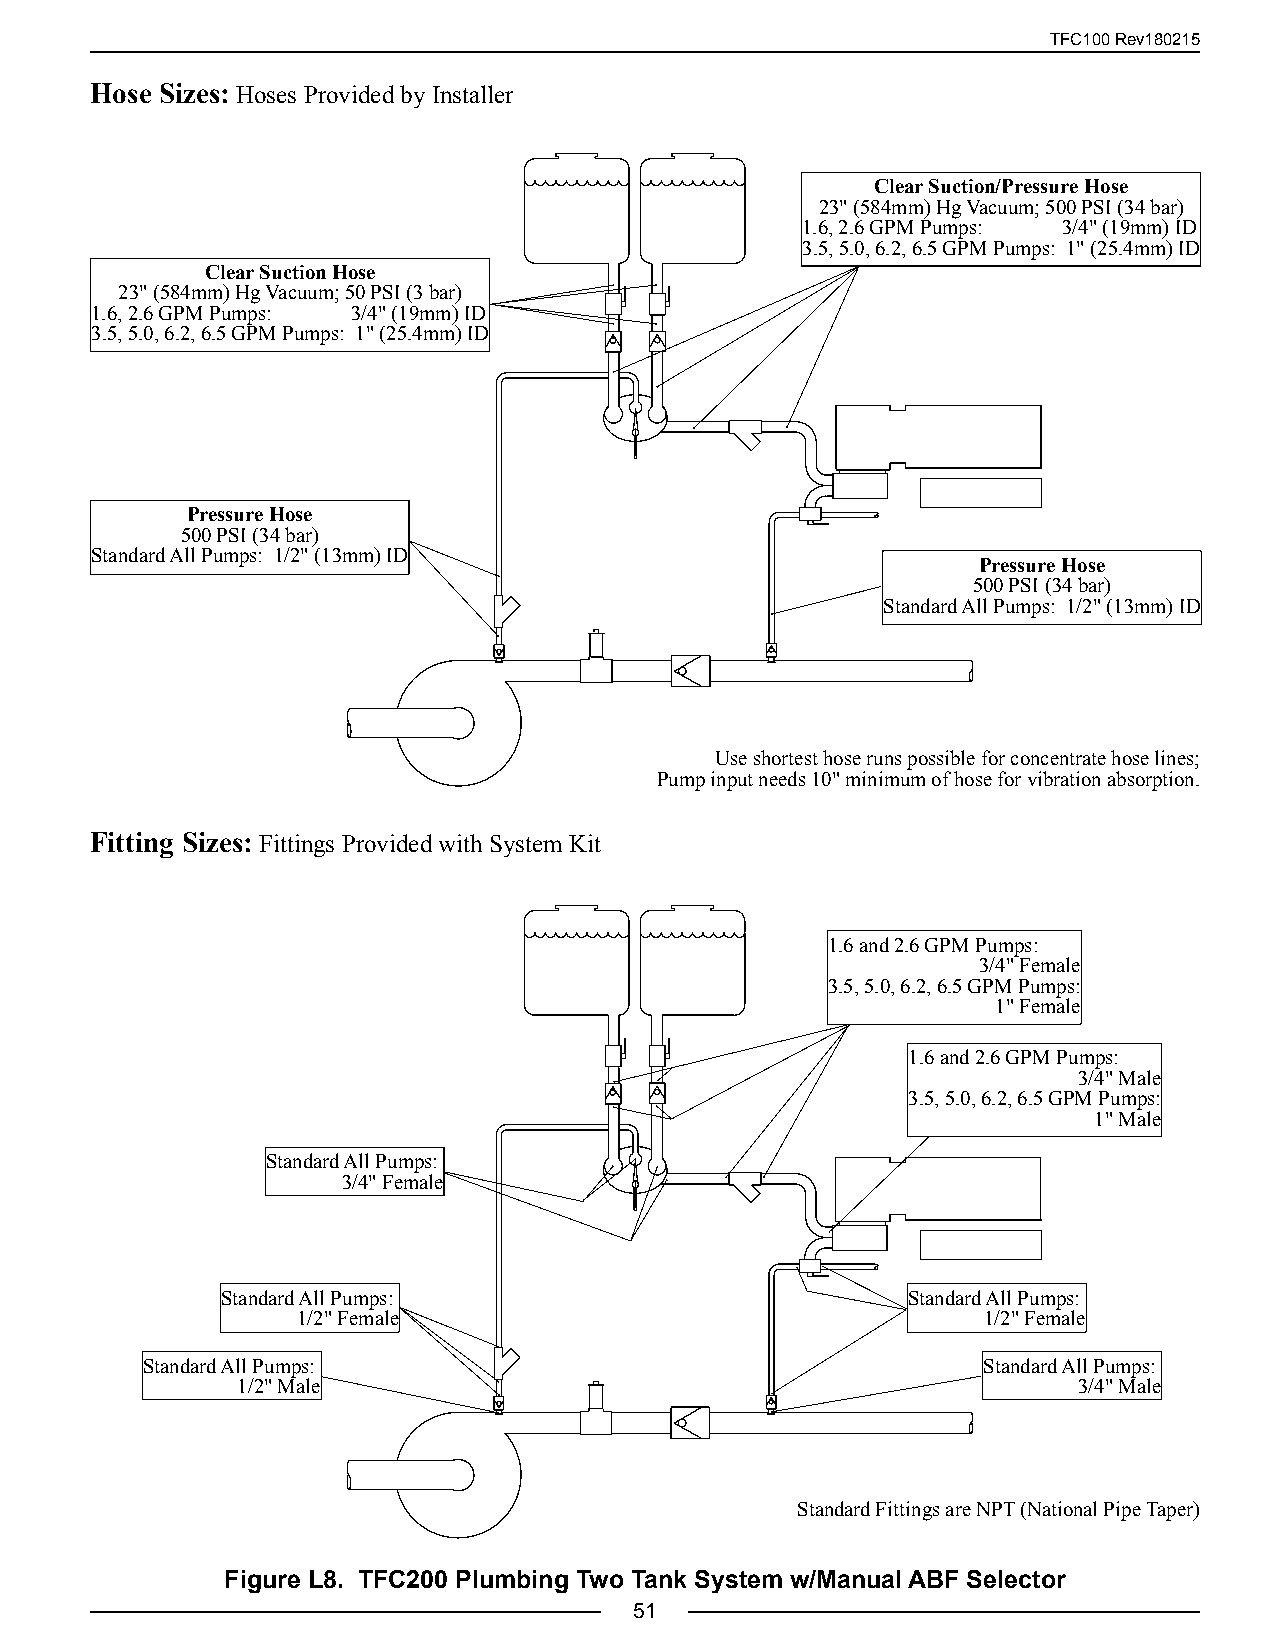
TFC100 Rev180215
 Hose Sizes: Hoses Provided by Installer
 Clear Suction/Pressure Hose
 23" (584mm) Hg Vacuum; 500 PSI (34 bar)
 1.6, 2.6 GPM Pumps: 3/4" (19mm) ID
 3.5, 5.0, 6.2, 6.5 GPM Pumps: 1" (25.4mm) ID
 Clear Suction Hose
 23" (584mm) Hg Vacuum; 50 PSI (3 bar)
 1.6, 2.6 GPM Pumps: 3/4" (19mm) ID
 3.5, 5.0, 6.2, 6.5 GPM Pumps: 1" (25.4mm) ID
 Pressure Hose
 500 PSI (34 bar)
 Standard All Pumps: 1/2" (13mm) ID
 Pressure Hose
 500 PSI (34 bar)
 Standard All Pumps: 1/2" (13mm) ID
 Use shortest hose runs possible for concentrate hose lines;
 Pump input needs 10" minimum of hose for vibration absorption.
 Fitting Sizes: Fittings Provided with System Kit
 1.6 and 2.6 GPM Pumps:
 3/4" Female
 3.5, 5.0, 6.2, 6.5 GPM Pumps:
 1" Female
 1.6 and 2.6 GPM Pumps:
 3/4" Male
 3.5, 5.0, 6.2, 6.5 GPM Pumps:
 1" Male
 Standard All Pumps:
 3/4" Female
 Standard All Pumps:                          Standard All Pumps:
 1/2" Female                                  1/2" Female
 Standard All Pumps:                                     Standard All Pumps:
 1/2" Male                                              3/4" Male
 Standard Fittings are NPT (National Pipe Taper)
 Figure L8. TFC200 Plumbing Two Tank System w/Manual ABF Selector
 51